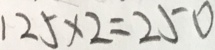
1 2 5 \times 2 = 2 5 0